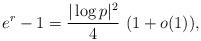
LaTeX: \begin{align*} e^r-1 = \frac{|\log p|^2}{4}\ (1+o(1)),\end{align*}